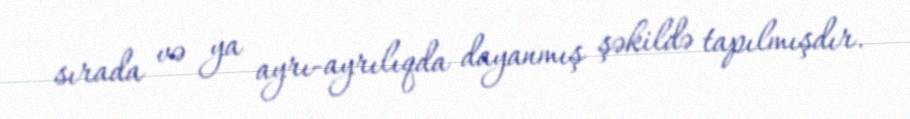
sırada və ya ayrı-ayrılıqda dayanmış şəkildə tapılmışdır.